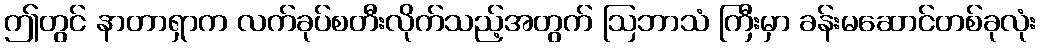
ဤတွင် နာတာရှာက လက်ခုပ်စတီးလိုက်သည့်အတွက် ဩဘာသံ ကြီးမှာ ခန်းမဆောင်တစ်ခုလုံး